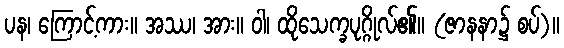
ပန၊ ကြောင့်ကား။ အဿ၊ အား။ ဝါ၊ ထိုသေက္ခပုဂ္ဂိုလ်၏။ (ဇာနနာ၌ စပ်)။